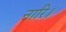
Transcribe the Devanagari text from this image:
नारि।